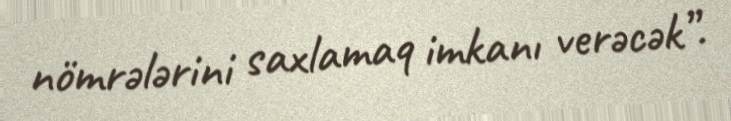
nömrələrini saxlamaq imkanı verəcək”.